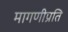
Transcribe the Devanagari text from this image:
मागणीप्रति